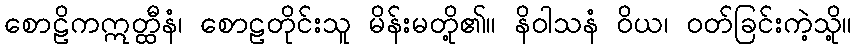
စောဠိကဣတ္ထီနံ၊ စောဠတိုင်းသူ မိန်းမတို့၏။ နိဝါသနံ ဝိယ၊ ဝတ်ခြင်းကဲ့သို့။